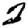
Digit: 2